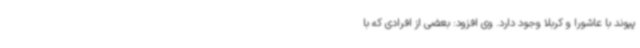
پیوند با عاشورا و کربلا وجود دارد. وی افزود: بعضی از افرادی که با